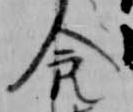
食